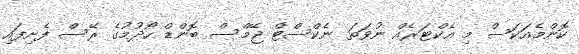
ކޮންމެއަކަސް މި އެކްޓަރެއް ނުވަތަ ނެކްސްޓް ޖޭމްސް ބޮންޑް ހޯދުމުގެ ރޭސް ފެށިފައި